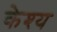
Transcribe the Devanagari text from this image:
केश्य